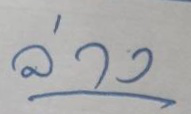
ล่าง